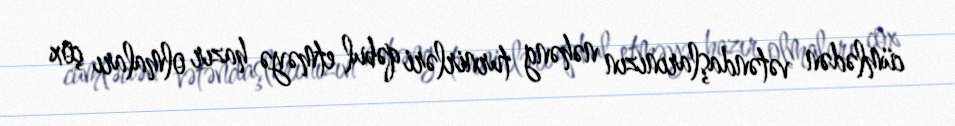
cümlədən vətəndaşlarınızın nəhəng turnirləri qəbul etməyə hazır olmaları çox